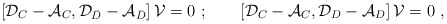
\begin{align*}\left[{\cal D}_C-{\cal A}_C,{\cal D}_{\bar D}-{\cal A}_{\bar D}\right]{\cal V}=0\ ;\qquad\left[{\cal D}_C-{\cal A}_C,{\cal D}_D-{\cal A}_D\right]{\cal V}=0\ ,\end{align*}